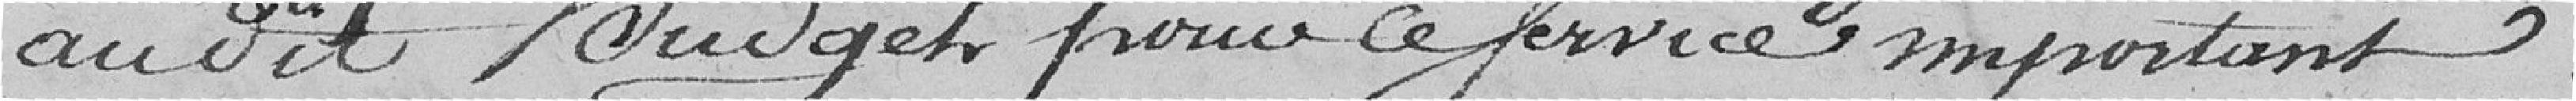
audit budget pour ce service important.